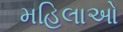
મહિલાઓ